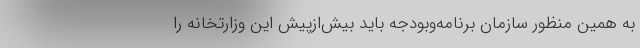
به همین منظور سازمان برنامه‌وبودجه باید بیش‌ازپیش این وزارتخانه را